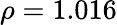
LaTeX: \rho=1.016